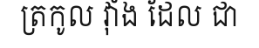
ត្រកូល វ៉ាំង ដែល ជា